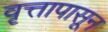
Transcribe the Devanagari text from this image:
वृत्तापासून